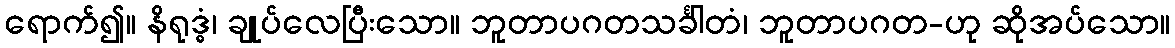
ရောက်၍။ နိရုဒ္ဓံ၊ ချုပ်လေပြီးသော။ ဘူတာပဂတသင်္ခါတံ၊ ဘူတာပဂတ-ဟု ဆိုအပ်သော။